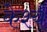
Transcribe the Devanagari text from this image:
केश्य